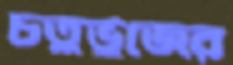
চতুর্ভুজের